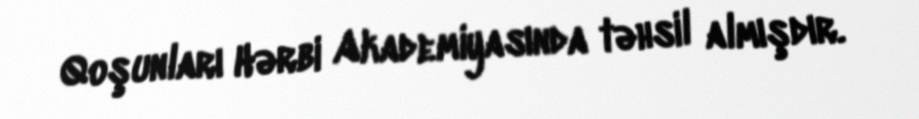
Qoşunları Hərbi Akademiyasında təhsil almışdır.